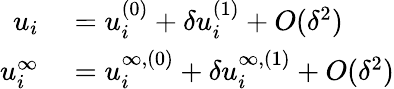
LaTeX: \begin{array}{rl}{u_{i}}&{{}=u_{i}^{(0)}+\delta u_{i}^{(1)}+O(\delta^{2})}\\ {u_{i}^{\infty}}&{{}=u_{i}^{\infty,(0)}+\delta u_{i}^{\infty,(1)}+O(\delta^{2})}\end{array}